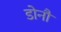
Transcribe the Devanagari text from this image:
डोनौ